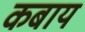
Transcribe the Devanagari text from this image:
कबाय